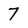
Character: 7